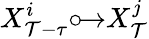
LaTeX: X_{\mathcal{T}-\tau}^{i}{\circ\! {\rightarrow}}X_{\mathcal{T}}^{j}